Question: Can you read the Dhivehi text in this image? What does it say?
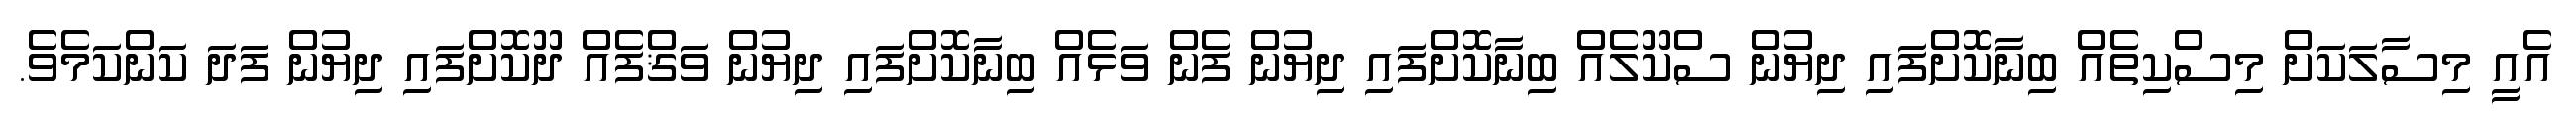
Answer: އެއީ މިސާލަކަށް މިސްކިތެއް ބިނާކޮށްފައި ދިޔުން ސްކޫލެއް ބިނާކޮށްފައި ދިޔުން ފެން ވަޅެއް ބިނާކޮށްފައި ދިޔުން ވަޤްފެއް ދޫކޮށްފައި ދިޔުން ފަދަ ކަންކަމެވެ.